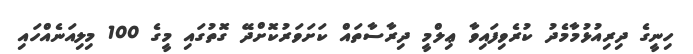
ހިނީގެ ދިރިއުޅުމާމެދު ކުރެވިފައިވާ ޢިލްމީ ދިރާސާތައް ކަށަވަރުކޮށްދޭ ގޮތުގައި މީގެ 100 މިލިއަނެއްހައި